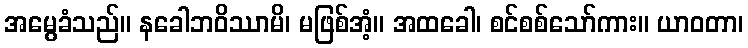
အမွေခံသည်။ နခေါဘဝိဿာမိ၊ မဖြစ်အံ့။ အထခေါ၊ စင်စစ်သော်ကား။ ယာဝတာ၊